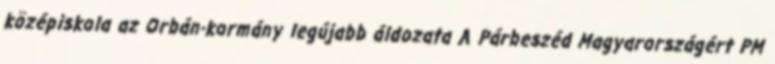
középiskola az Orbán-kormány legújabb áldozata A Párbeszéd Magyarországért PM